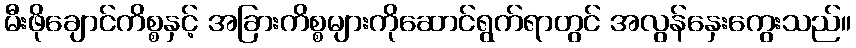
မီးဖိုချောင်ကိစ္စနှင့် အခြားကိစ္စများကိုဆောင်ရွက်ရာတွင် အလွန်နှေးကွေးသည်။